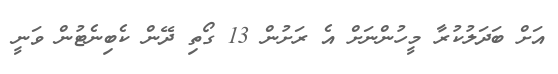
އަށް ބަދަލުކުރާ މީހުންނަށް އެ ރަށުން 13 ގޯތި ދޭން ކެބިނެޓުން ވަނީ